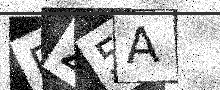
Text: BZ5A